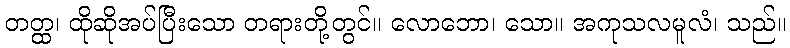
တတ္ထ၊ ထိုဆိုအပ်ပြီးသော တရားတို့တွင်။ လောဘော၊ သော။ အကုသလမူလံ၊ သည်။